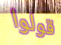
قولوا